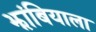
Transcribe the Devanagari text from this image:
झांबियाला